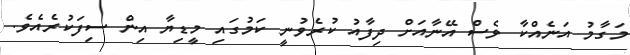
މަގާމު އަނެއްކާ ވެސް އޭނާއަށް ދިފާއު ކުރެވުނީ ކަމުގައި މީޑިޔާ އިން ސިފަކުރެއެވެ.